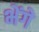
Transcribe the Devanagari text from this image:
भेंगे